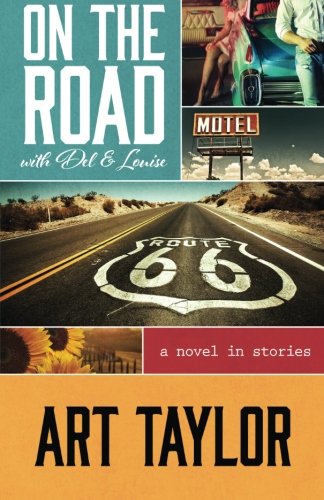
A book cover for On The Road with Del & Louise: A Novel in Stories; Art Taylor; Mystery, Thriller & Suspense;